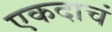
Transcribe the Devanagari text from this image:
एकदाचं